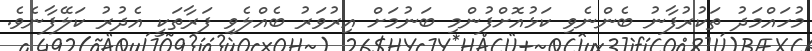
މުހައްމަދު ތަކުރުފާނު ބެންނެވި ކަޅުއޮށްފުންމި ބަނުމަށް އިރުވަރު ބެއްލެވި ފަރާތަކީ އެދުރު ކަލޭފާނެވެ.